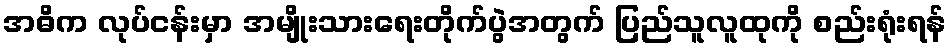
အဓိက လုပ်ငန်းမှာ အမျိုးသားရေးတိုက်ပွဲအတွက် ပြည်သူလူထုကို စည်းရုံးရန်